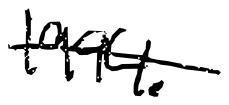
Text: 1994.
Cross-out: single-line
Writing tool: digital_black